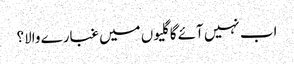
اب نہیں آئے گا گلیوں میں غبارے والا؟